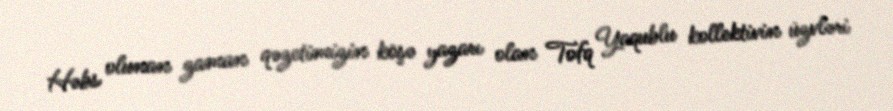
Həbs olunan zaman qəzetimizin köşə yazarı olan Tofq Yaqublu kollektivin üzvləri